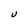
Character: U